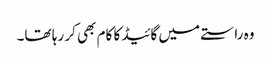
وہ راستے میں گائیڈ کا کام بھی کر رہا تھا۔